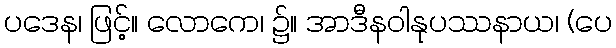
ပဒေန၊ ဖြင့်။ လောကေ၊ ၌။ အာဒီနဝါနုပဿနာယ၊ (ပေ